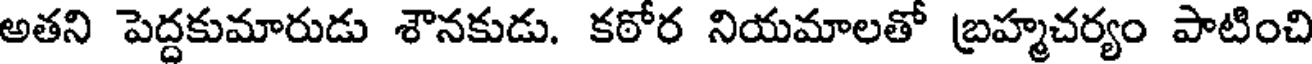
అతని పెద్దకుమారుడు శౌనకుడు. కఠోర నియమాలతో బ్రహ్మచర్యం పాటించి